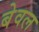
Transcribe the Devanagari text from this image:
बेवल